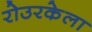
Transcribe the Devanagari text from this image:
रोउरकेला